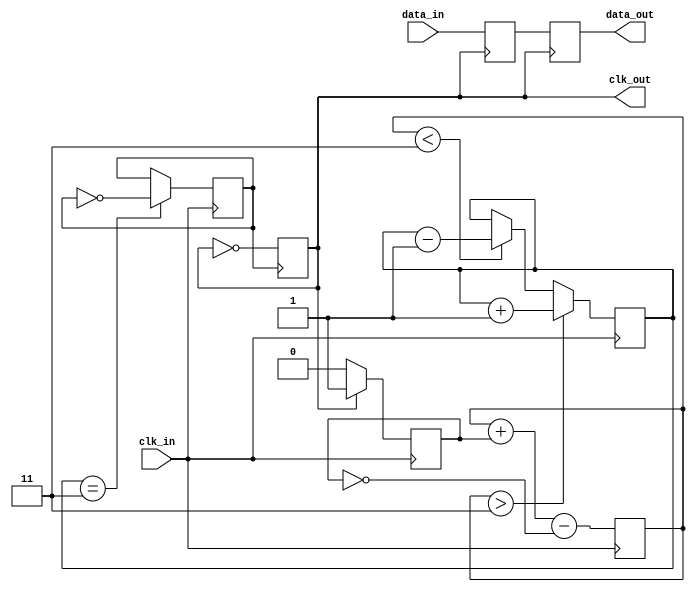
module pll_synchronizer (
    input  wire        clk_in,        // Incoming clock signal
    input  wire        data_in,       // Incoming data signal
    output wire        clk_out,       // Synchronized output clock signal
    output wire        data_out       // Synchronized output data signal
);
    
    // Phase Detector
    reg phase_error; // Error signal from phase detector
    reg clk_prev;

    always @(posedge clk_in) begin
        clk_prev <= clk_out;
        if (clk_out) begin
            phase_error <= 1; // Output clock is ahead
        end else begin
            phase_error <= 0; // Output clock is behind
        end
    end

    // Loop Filter
    reg [2:0] loop_filter; // Loop filter state

    always @(posedge clk_in) begin
        // Simple first-order low-pass filter approximation
        loop_filter <= loop_filter + {2'b0, phase_error} - {2'b0, ~phase_error};
    end

    // Voltage-Controlled Oscillator (VCO)
    reg [1:0] vco_counter;
    reg vco_out;

    always @(posedge clk_in) begin
        if (loop_filter > 3) begin
            vco_counter <= vco_counter + 1; // Increase frequency
        end else if (loop_filter < 3) begin
            vco_counter <= vco_counter - 1; // Decrease frequency
        end
        
        // Generate VCO output clock
        if (vco_counter == 2'b11) begin
            vco_out <= ~vco_out;
        end
    end

    // Clock Divider
    reg clk_div;

    always @(posedge vco_out) begin
        clk_div <= ~clk_div;
    end
    
    assign clk_out = clk_div;

    // Data Synchronization Circuit
    reg data_sync_ff1, data_sync_ff2;

    always @(posedge clk_out) begin
        data_sync_ff1 <= data_in; // First flip-flop
    end

    always @(posedge clk_out) begin
        data_sync_ff2 <= data_sync_ff1; // Second flip-flop to reduce metastability
    end
    
    assign data_out = data_sync_ff2;

endmodule